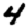
Digit: 4